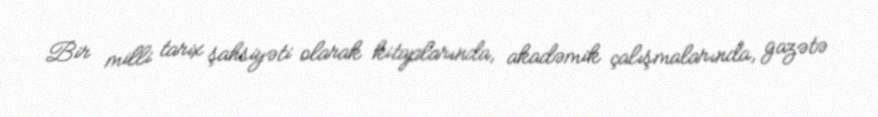
Bir milli tarix şahsiyəti olarak kitaplarında, akadəmik çalışmalarında, gazətə